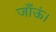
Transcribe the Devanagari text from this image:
जाँऊं।